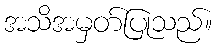
အသိအမှတ်ပြုသည်။